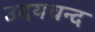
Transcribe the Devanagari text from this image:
उदयचन्द